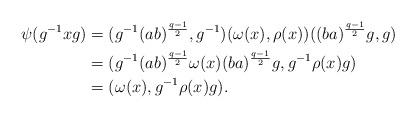
LaTeX: \begin{align*}\psi(g^{-1}xg) &= (g^{-1}(ab)^{\frac{q-1}{2}}, g^{-1})(\omega(x),\rho(x))((ba)^{\frac{q-1}{2}}g, g)\\&=(g^{-1}(ab)^{\frac{q-1}{2}}\omega(x)(ba)^{\frac{q-1}{2}}g, g^{-1}\rho(x)g) \\&=(\omega(x), g^{-1}\rho(x)g).\end{align*}